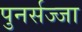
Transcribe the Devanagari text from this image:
पुनर्सज्जा